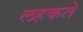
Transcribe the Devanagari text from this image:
लहकते